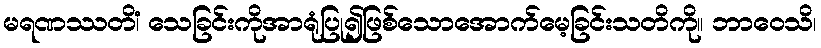
မရဏဿတိံ၊ သေခြင်းကိုအာရုံပြု၍ဖြစ်သောအောက်မေ့ခြင်းသတိကို။ ဘာဝေသိ၊